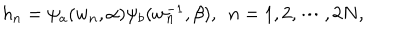
LaTeX: h _ { n } = \psi _ { a } ( w _ { n } , \alpha ) \psi _ { b } ( w _ { n } ^ { - 1 } , \beta ) , ~ ~ n = 1 , 2 , \cdots , 2 N ,